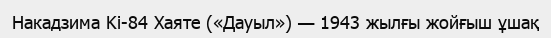
Накадзима Ki-84 Хаяте («Дауыл») — 1943 жылғы жойғыш ұшақ